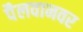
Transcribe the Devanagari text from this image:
पैलवानवर